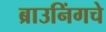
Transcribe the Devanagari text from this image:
ब्राउनिंगचे